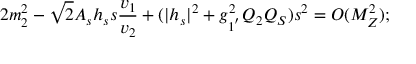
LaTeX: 2 m _ { 2 } ^ { 2 } - \sqrt { 2 } A _ { s } h _ { s } s \frac { v _ { 1 } } { v _ { 2 } } + ( | h _ { s } | ^ { 2 } + g _ { 1 ^ { ' } } ^ { 2 } Q _ { 2 } Q _ { S } ) s ^ { 2 } = { \cal O } ( M _ { Z } ^ { 2 } ) ;